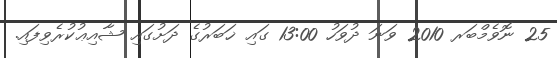
25 ނޮވެމްބަރ 2010 ވަނަ ދުވަހު 13:00 ގައި ޚަބަރުގެ ދަށުގައި ޝާއިޢުކުރެވިފައި.